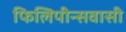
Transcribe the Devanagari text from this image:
फिलिपीन्सवासी